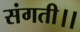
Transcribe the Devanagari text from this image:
संगती।।